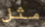
مثل